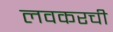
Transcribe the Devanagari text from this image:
लवकरची